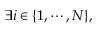
\exists i \in \{ 1 , \cdots , N \} ,